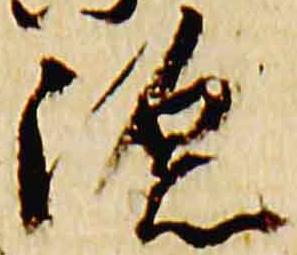
源